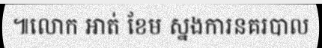
៕លោក អាត់ ខែម ស្នងការនគរបាល